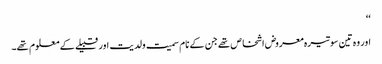
‘‘
اور وہ تین سو تیرہ معروض اشخاص تھے جن کے نام سمیت ولدیت اور قبیلے کے معلوم تھے۔